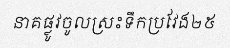
នាគផ្លូវចូលស្រះទឹកប្រវែង២៥